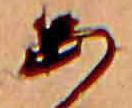
あ